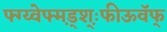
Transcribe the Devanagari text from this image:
फ्ग्य्वेफ्म़ड्श़़्ःफीऊवॅफ्